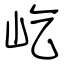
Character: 屹